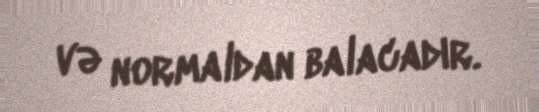
və normaldan balacadır.